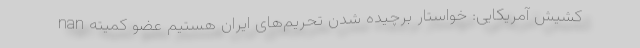
nan کشیش آمریکایی: خواستار برچیده شدن تحریم‌های ایران هستیم عضو کمیته